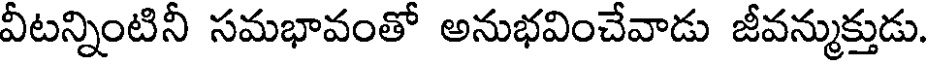
వీటన్నింటినీ సమభావంతో అనుభవించేవాడు జీవన్ముక్తుడు.